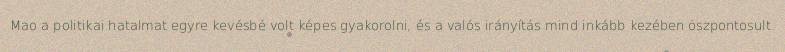
Mao a politikai hatalmat egyre kevésbé volt képes gyakorolni, és a valós irányítás mind inkább kezében öszpontosult.